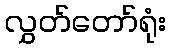
လွှတ်တော်ရုံး